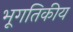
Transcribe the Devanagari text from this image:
भूगतिकीय